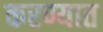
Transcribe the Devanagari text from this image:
करण्यात